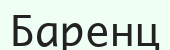
Баренц